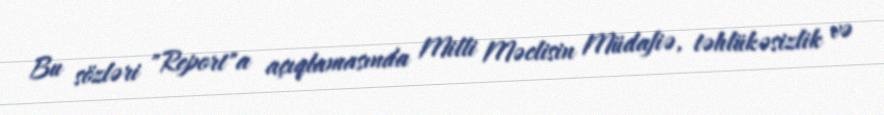
Bu sözləri "Report"a açıqlamasında Milli Məclisin Müdafiə, təhlükəsizlik və